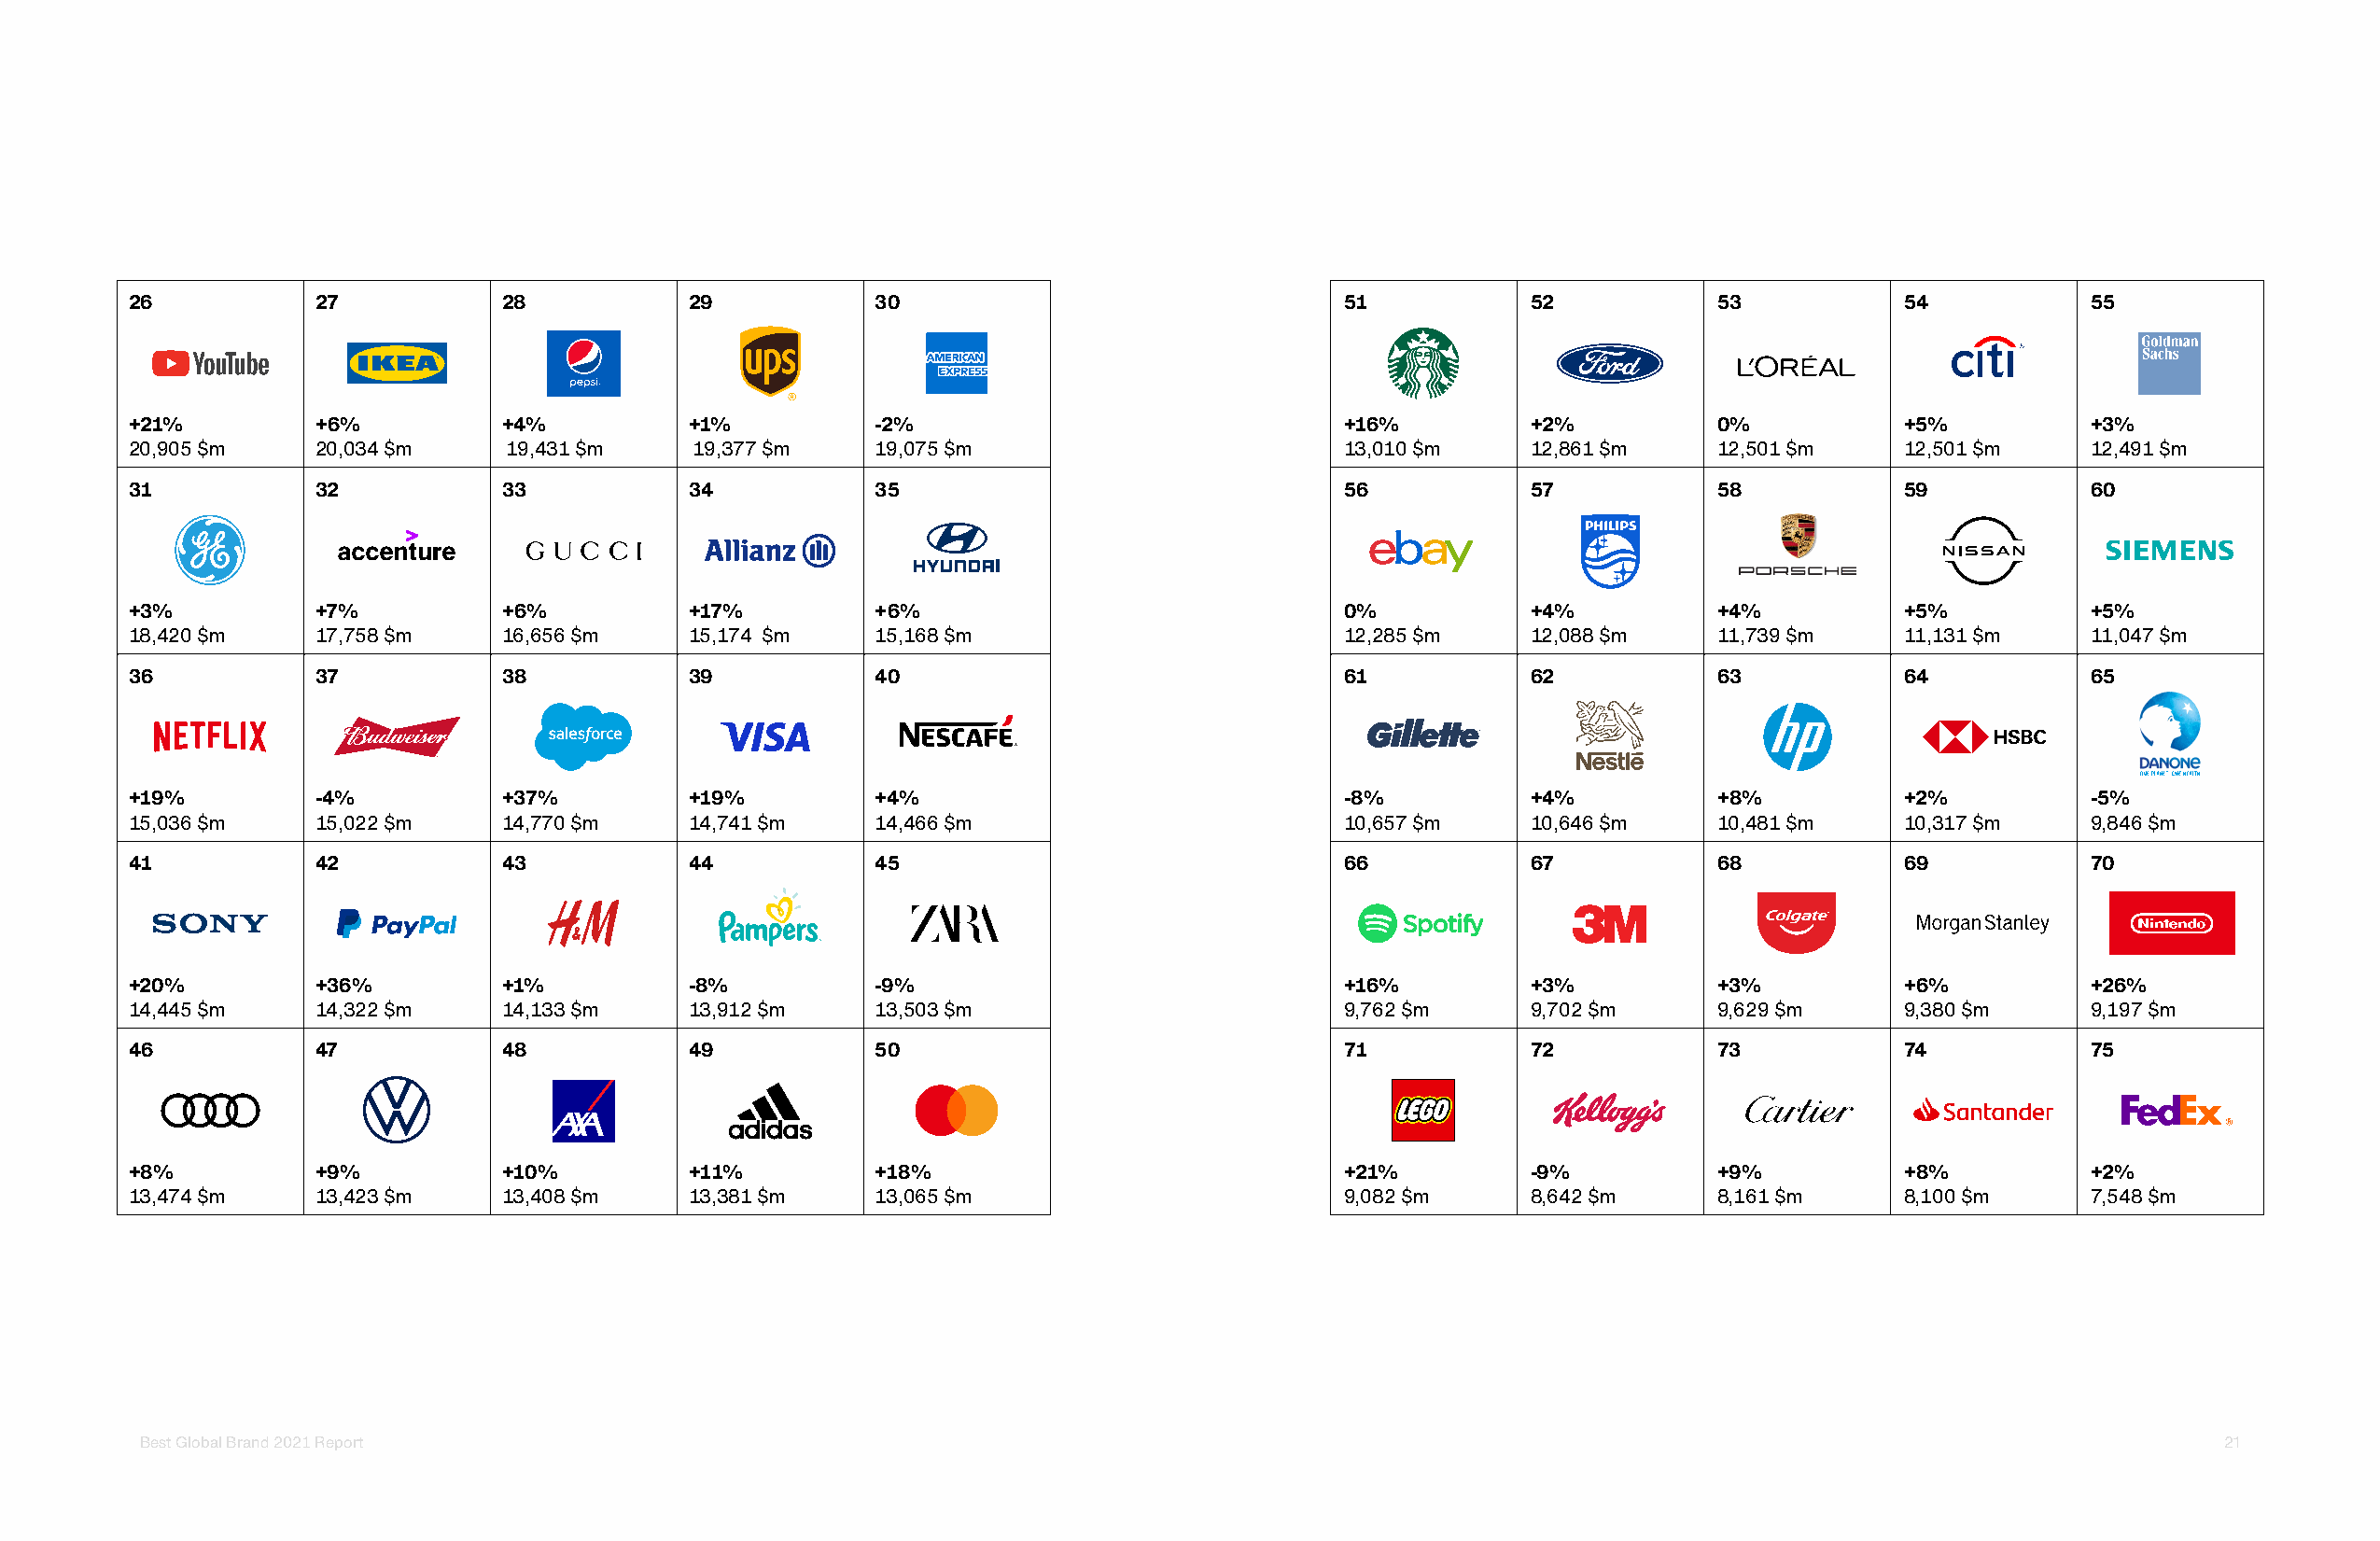
26           27            28           29           30                               51            52           53           54           55
 +21%         +6%           +4%          +1%          -2%                              +16%          +2%          0%           +5%          +3%
 20,905 $m    20,034 $m     19,431 $m    19,377 $m    19,075 $m                        13,010 $m     12,861 $m    12,501 $m    12,501 $m    12,491 $m
 31           32            33           34           35                               56            57           58           59           60
 +3%          +7%           +6%          +17%         +6%                              0%            +4%          +4%          +5%          +5%
 18,420 $m    17,758 $m     16,656 $m    15,174 $m    15,168 $m                        12,285 $m     12,088 $m    11,739 $m    11,131 $m    11,047 $m
 36           37            38           39           40                               61            62           63           64           65
 +19%         -4%           +37%         +19%         +4%                              -8%           +4%          +8%          +2%          -5%
 15,036 $m    15,022 $m     14,770 $m    14,741 $m    14,466 $m                        10,657 $m     10,646 $m    10,481 $m    10,317 $m    9,846 $m
 41           42            43           44           45                               66            67           68           69           70
 +20%         +36%          +1%          -8%          -9%                              +16%          +3%          +3%          +6%          +26%
 14,445 $m    14,322 $m     14,133 $m    13,912 $m    13,503 $m                        9,762 $m      9,702 $m     9,629 $m     9,380 $m     9,197 $m
 46           47            48           49           50                               71            72           73           74           75
 +8%          +9%           +10%         +11%         +18%                             +21%          -9%          +9%          +8%          +2%
 13,474 $m    13,423 $m     13,408 $m    13,381 $m    13,065 $m                        9,082 $m      8,642 $m     8,161 $m     8,100 $m     7,548 $m
 Best Global Brand 2021 Report                                                                                                                       21